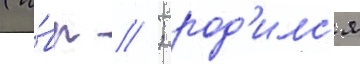
(и́вр // ; род'илс'я